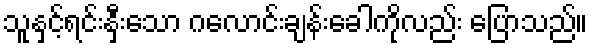
သူနှင့်ရင်းနှီးသော ဂလောင်းချန်းခေါကိုလည်း ပြောသည်။